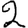
Digit: 2